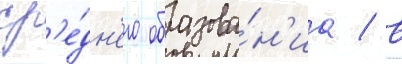
ср'е́дн'его образова́н'иа / в